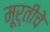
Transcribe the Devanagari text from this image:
मूर्तीचेे